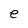
Character: e